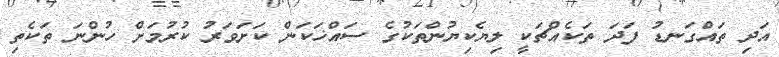
އަދި ތައްގަނޑު ފަދަ ތަކެއްޗަކީ ލިޔެކިޔުންތަކުގެ ސައްޚަކަން ކަށަވަރު ކުރުމަށް ހުންނަ ތަކެތި